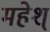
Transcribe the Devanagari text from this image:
महेश्